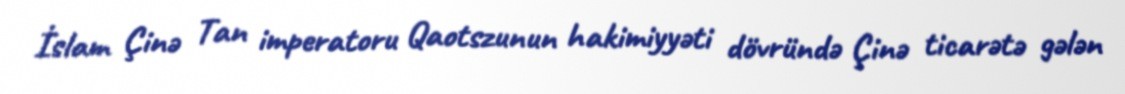
İslam Çinə Tan imperatoru Qaotszunun hakimiyyəti dövründə Çinə ticarətə gələn